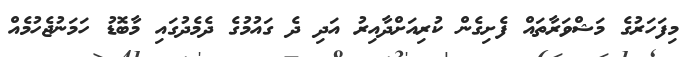
މިފަހަރުގެ މަޝްވަރާތައް ފެށިގެން ކުރިއަށްދާއިރު އަދި ދެ ގައުމުގެ ދެމެދުގައި މާބޮޑު ހަމަނުޖެހުމެއް